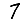
Digit: 7